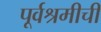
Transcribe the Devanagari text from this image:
पूर्वश्रमीची